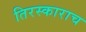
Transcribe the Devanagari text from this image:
तिरस्काराच